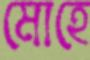
মোহে